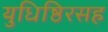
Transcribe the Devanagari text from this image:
युधिष्ठिरसह